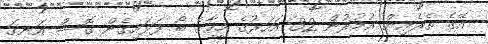
އޭގެ ތެރެއިން އުމުރުން 32 އަހަރުގެ މީހާގެ ބޯ ފަޅައިގެން ގޮސް އަނގަ